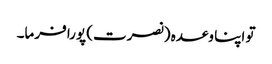
تو اپنا وعدہ (نصرت) پورا فرما۔